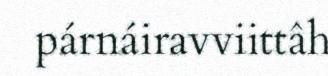
párnáiravviittâh